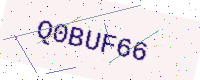
Text: Q0BUF66